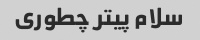
سلام پیتر چطوری